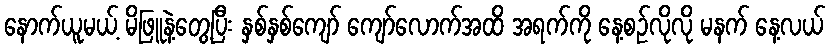
နောက်ယူမယ့် မိဖြူနဲ့တွေ့ပြီး နှစ်နှစ်ကျော် ကျော်လောက်အထိ အရက်ကို နေ့စဉ်လိုလို မနက် နေ့လယ်